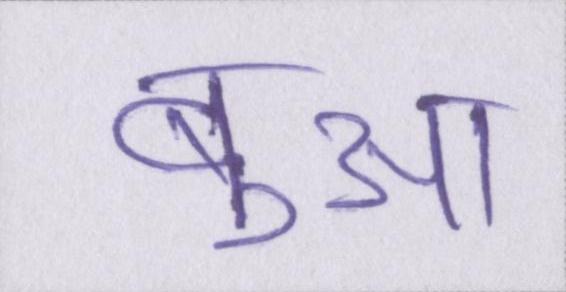
बुआ